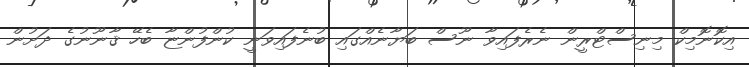
އިކޮނޮމިކް މިނިސްޓްރީން ނެރެފައިވާ ނޫސް ބަޔާނެއްގައި ބުނެފައިވަނީ ކުންފުންޏާ ބެހޭ ޤާނޫނުގެ ދަށުން